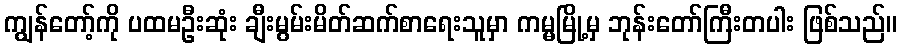
ကျွန်တော့်ကို ပထမဦးဆုံး ချီးမွမ်းမိတ်ဆက်စာရေးသူမှာ ကမ္မမြို့မှ ဘုန်းတော်ကြီးတပါး ဖြစ်သည်။